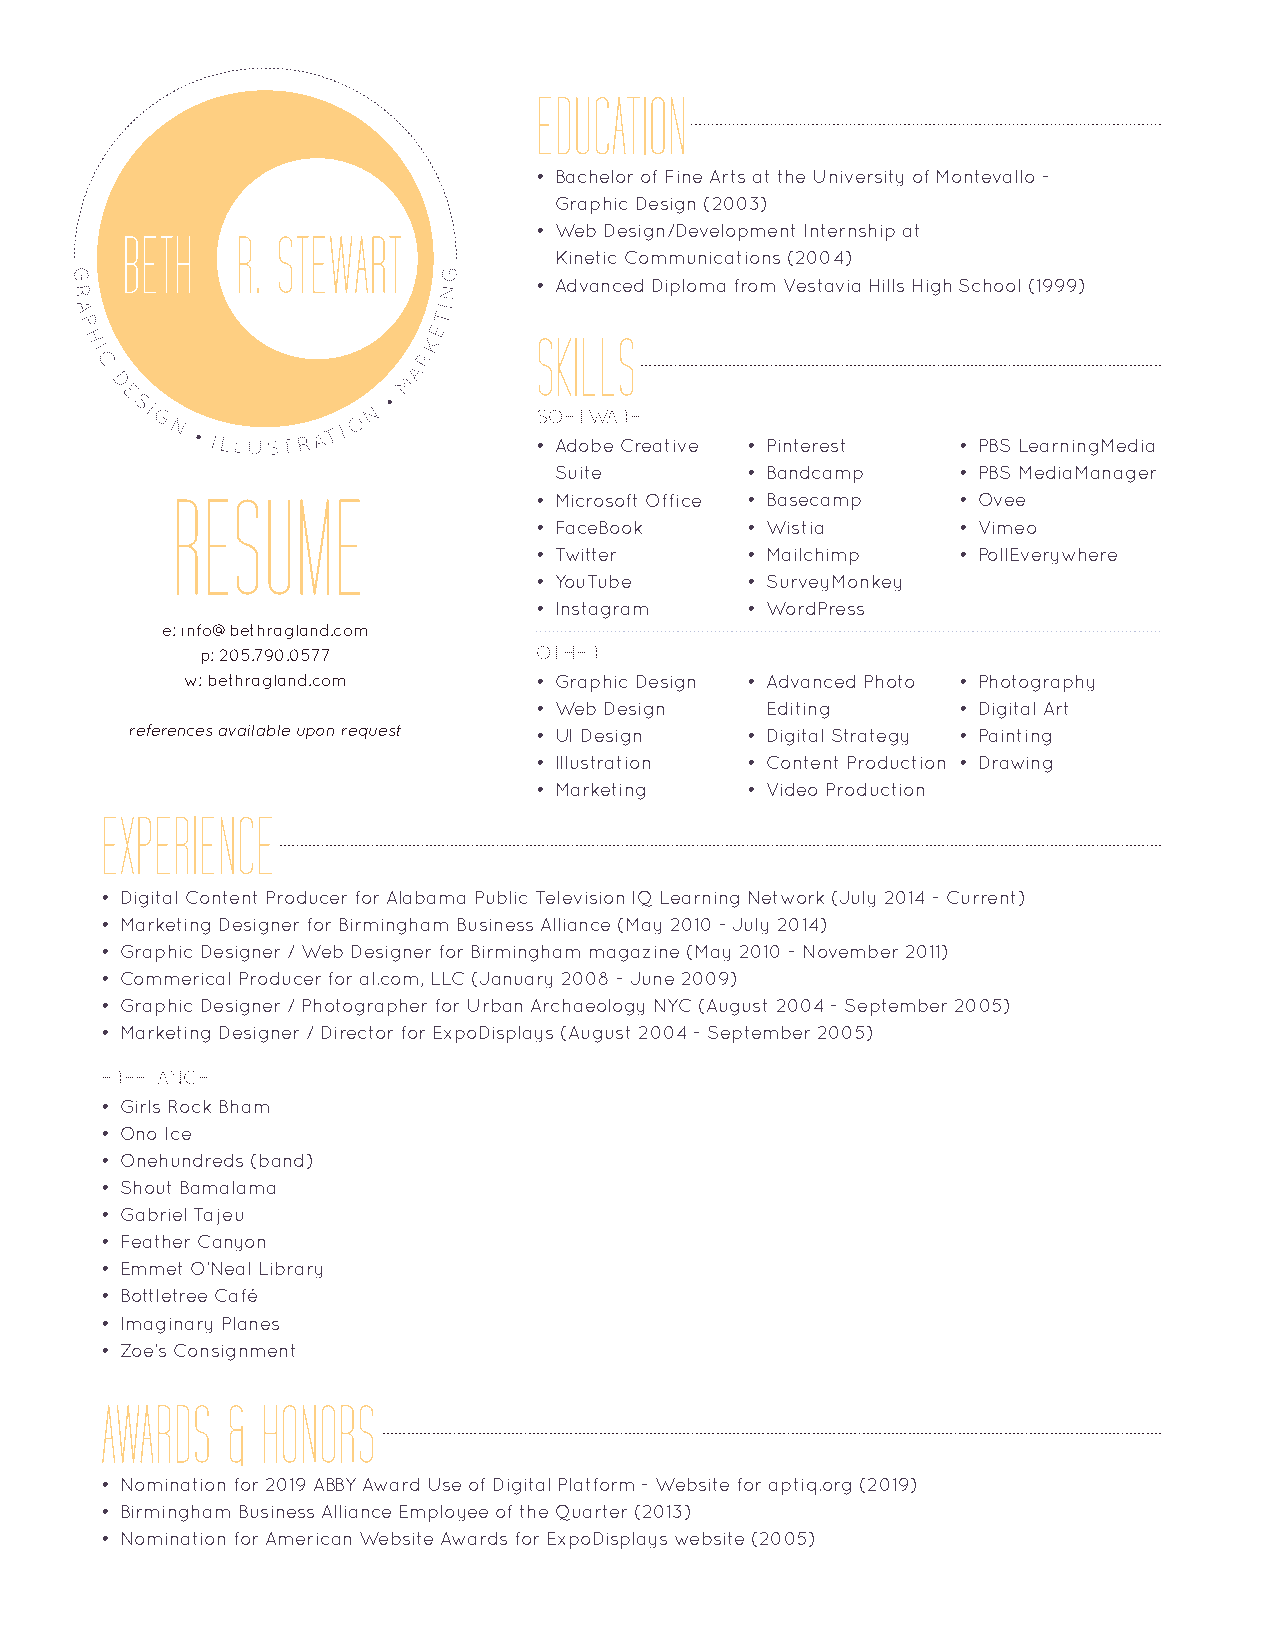
EDUCATION
 • Bachelor of Fine Arts at the University of Montevallo -
 Graphic Design (2003)
 BETH    R. STEWART         • Web Design/Development Internship at
 Kinetic Communications (2004)
 G                       G
 • Advanced Diploma from Vestavia Hills High School (1999)
 R                       N
 A                       TI
 P                       E
 H                      K      SKILLS
 I                     R
 C                    A
 M
 D
 E SI G         O N •       SOFTWARE
 N •ILLUSTR A T I
 • Adobe Creative • Pinterest • PBS LearningMedia
 Suite       • Bandcamp    • PBS MediaManager
 RESUME
 • Microsoft Office • Basecamp • Ovee
 • FaceBook    • Wistia      • Vimeo
 • Twitter     • Mailchimp   • PollEverywhere
 • YouTube     • SurveyMonkey
 • Instagram   • WordPress
 e: info@bethragland.com
 p: 205.790.0577       OTHER
 w: bethragland.com     • Graphic Design • Advanced Photo • Photography
 • Web Design    Editing     • Digital Art
 references available upon request • UI Design • Digital Strategy • Painting
 • Illustration • Content Production • Drawing
 • Marketing   • Video Production
 EXPERIENCE
 • Digital Content Producer for Alabama Public Television IQ Learning Network (July 2014 - Current)
 • Marketing Designer for Birmingham Business Alliance (May 2010 - July 2014)
 • Graphic Designer / Web Designer for Birmingham magazine (May 2010 - November 2011)
 • Commerical Producer for al.com, LLC (January 2008 - June 2009)
 • Graphic Designer / Photographer for Urban Archaeology NYC (August 2004 - September 2005)
 • Marketing Designer / Director for ExpoDisplays (August 2004 - September 2005)
 FREELANCE
 • Girls Rock Bham
 • Ono Ice
 • Onehundreds (band)
 • Shout Bamalama
 • Gabriel Tajeu
 • Feather Canyon
 • Emmet O’Neal Library
 • Bottletree Café
 • Imaginary Planes
 • Zoe’s Consignment
 AWARDS  & HONORS
 • Nomination for 2019 ABBY Award Use of Digital Platform - Website for aptiq.org (2019)
 • Birmingham Business Alliance Employee of the Quarter (2013)
 • Nomination for American Website Awards for ExpoDisplays website (2005)